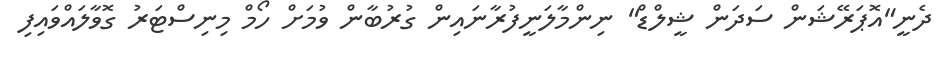
ދެނީ"އޮޕަރޭޝަން ސަދަން ޝީލްޑް" ނިންމާލަނީފުރާނައިން ގުރުބާން ވުމަށް ހޯމް މިނިސްޓަރު ގޮވާލައްވައިފި